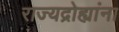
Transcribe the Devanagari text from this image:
राज्यद्रोह्यांना